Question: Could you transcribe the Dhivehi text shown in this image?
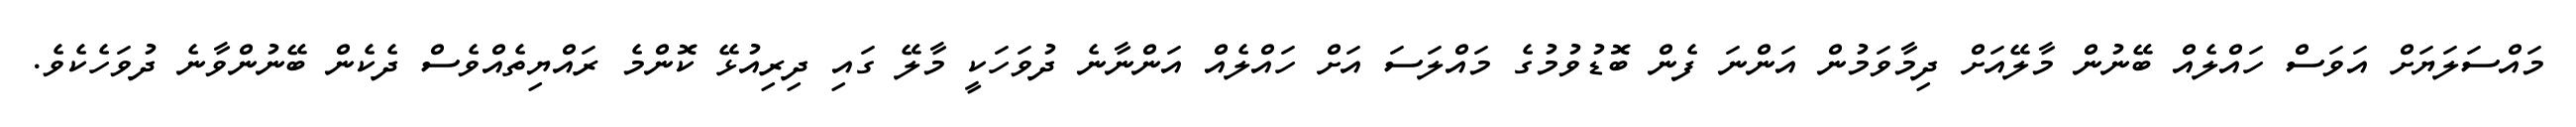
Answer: މައްސަލަޔަށް އަވަސް ހައްލެއް ބޭނުން މާލޭއަށް ދިމާވަމުން އަންނަ ފެން ބޮޑުވުމުގެ މައްލަސަ އަށް ހައްލެއް އަންނާނެ ދުވަހަކީ މާލޭ ގައި ދިރިއުޅޭ ކޮންމެ ރައްޔިތެއްވެސް ދެކެން ބޭނުންވާނެ ދުވަހެކެވެ.